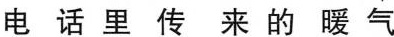
电话里传来的暖气